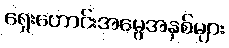
ရှေးဟောင်းအမွေအနှစ်များ